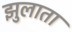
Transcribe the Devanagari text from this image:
झुलाता